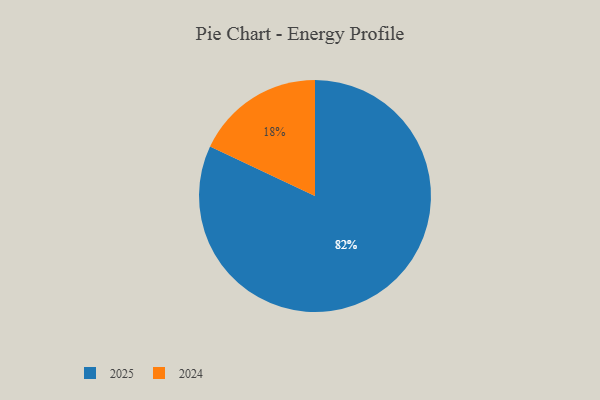
{"axis": {"x": "Category", "y": "Percentage"}, "legend": ["2024", "2025"], "data": [{"x": "2025", "y": 82, "type": "2025"}, {"x": "2024", "y": 18, "type": "2024"}]}